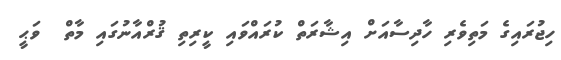
ހިޖުރައިގެ މަތިވެރި ހާދިސާއަށް އިޝާރަތް ކުރައްވައި ކީރިތި ޤުރްއާނުގައި މާތް  ވަޙީ